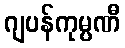
ဂျပန်ကုမ္ပဏီ